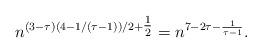
LaTeX: \begin{align*}n^{(3-\tau)(4-1/(\tau-1))/2+\tfrac{1}{2}}=n^{7-2\tau-\frac{1}{\tau-1}}.\end{align*}